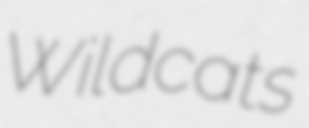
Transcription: Wildcats